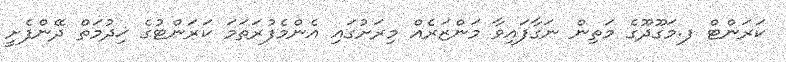
ކަރަންޓް ފ.މަގޫދޫގެ މަތިން ނަގާފައިވާ މަންޒަރެއް މިރަށުގައި އެންމެފުރަތަމަ ކަރަންޓުގެ ޚިދުމަތް ދޭންފެށީ